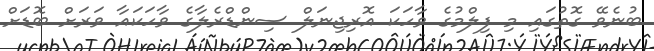
ބުނެވޭ ގޮތުގައި މި ފިލްމުގެ ވާހަކަ އޮރިޖިނަލް ސިންޑްރެލާގެ ވާހަކައާ ވަރަށް ބޮޑަށް